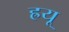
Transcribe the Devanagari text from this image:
ह्रयू